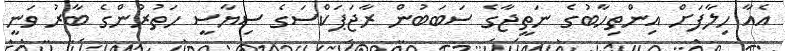
އެއާ ހިލާފަށް އިންތިހާބުގެ ނަތީޖާގެ ސަބަބުން ރާޖަޕަކްސަގެ ސިޔާސީ ހަތުރުންގެ ބާރު ވަނީ